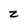
Character: z